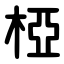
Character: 椏